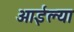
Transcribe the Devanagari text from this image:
आईल्या